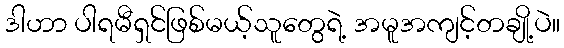
ဒါဟာ ပါရမီရှင်ဖြစ်မယ့်သူတွေရဲ့ အမူအကျင့်တချို့ပဲ။